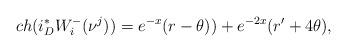
LaTeX: \begin{align*} ch(i^{*}_{D}W^{-}_{i}(\nu^{j}))=e^{-x}(r-\theta))+e^{-2x}(r'+4\theta),\end{align*}